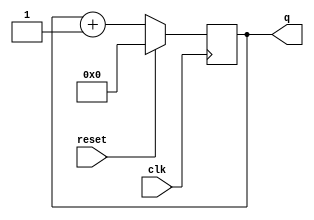
module top_module (
    input clk,
    input reset,      // Synchronous active-high reset
    output [3:0] q);
    
    always @ (posedge clk) begin
        if(reset) q <= 4'b0;
        else begin
           q <= q + 1; 
        end
    end

endmodule